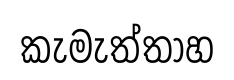
කැමැත්තාහ